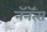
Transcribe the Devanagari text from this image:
नॅनॅत्स